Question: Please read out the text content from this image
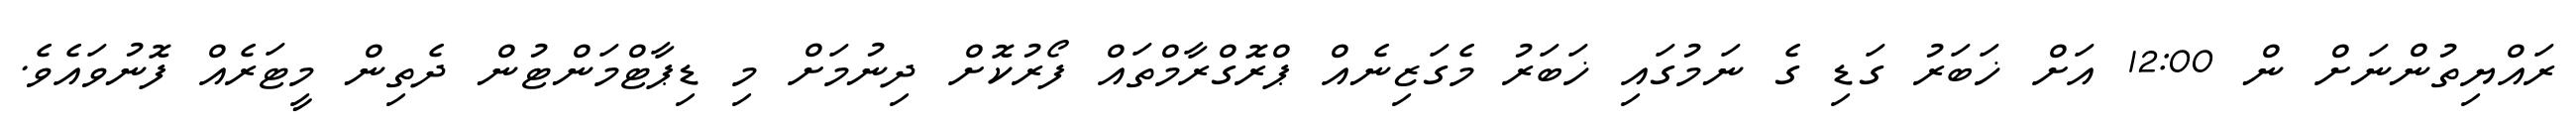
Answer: ރައްޔިތުންނަށް ން 12:00 އަށް ޚަބަރު ގަޑި ގެ ނަމުގައި ޚަބަރު މެގަޒިނެއް ޕްރޮގްރާމްތައް ފޯރުކޮށް ދިނުމަށް މި ޑިޕާޓްމަންޓުން ދެތިން މީޓަރެއް ފޮނުވައެވެ.